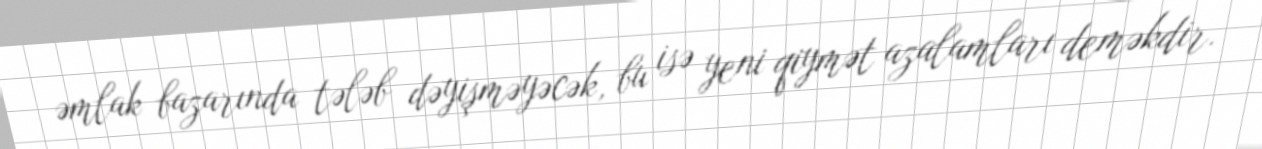
əmlak bazarında tələb dəyişməyəcək, bu isə yeni qiymət azalamları deməkdir.